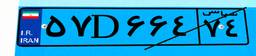
۱۰D۳۰۳۳۹